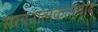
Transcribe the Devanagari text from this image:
संरचनात्मकतावाद